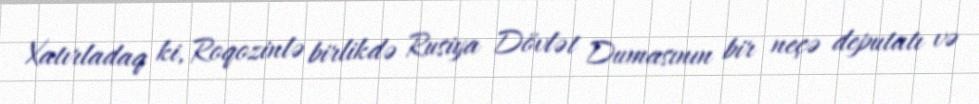
Xatırladaq ki, Roqozinlə birlikdə Rusiya Dövlət Dumasının bir neçə deputatı və